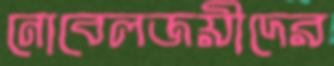
নোবেলজয়ীদের